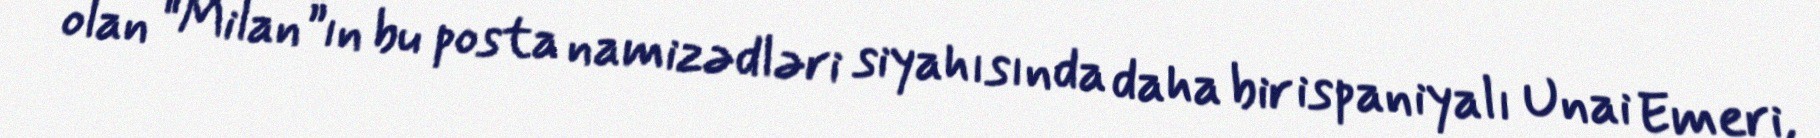
olan “Milan”ın bu posta namizədləri siyahısında daha bir ispaniyalı Unai Emeri,